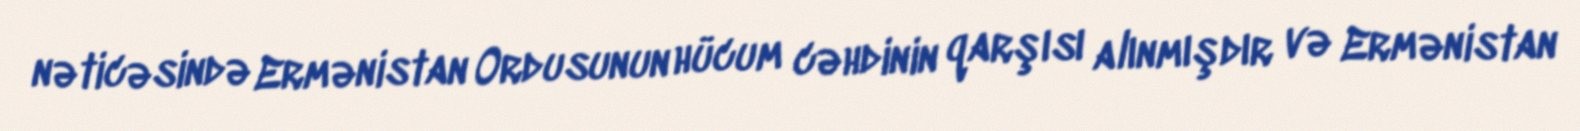
nəticəsində Ermənistan Ordusunun hücum cəhdinin qarşısı alınmışdır və Ermənistan